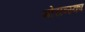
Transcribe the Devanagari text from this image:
मोराव्स्का